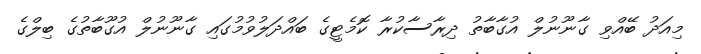
މިއަދު ބޭއްވި ގާނޫނުލް އުގާބާތު ދިރާސާކުރާ ކޮމެޓީގެ ބައްދަލުވުމުގައި ގާނޫނުލް އުގޫބާތުގެ ބިލްގެ